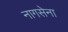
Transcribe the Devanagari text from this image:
नागसेना